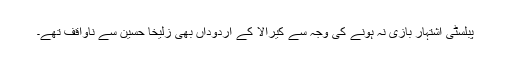
پبلسٹی اشتہار بازی نہ ہونے کی وجہ سے کیرالا کے اُردوداں بھی زُلیخا حُسین سے ناواقف تھے۔